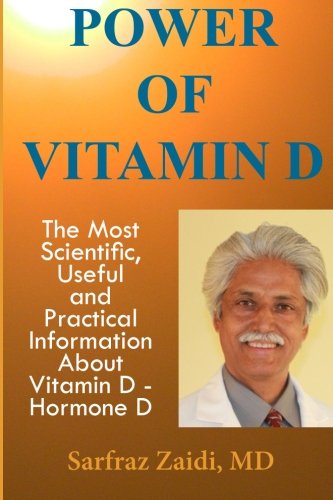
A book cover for Power Of Vitamin D: A Vitamin D Book That Contains  The Most Scientific, Useful And Practical Information About Vitamin D - Hormone D; Sarfraz Zaidi MD; Health, Fitness & Dieting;